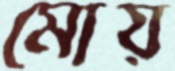
মোয়